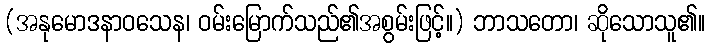
(အနုမောဒနာဝသေန၊ ဝမ်းမြောက်သည်၏အစွမ်းဖြင့်။) ဘာသတော၊ ဆိုသောသူ၏။